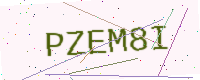
Text: PZEM8I